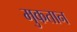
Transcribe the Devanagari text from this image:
मुकतान